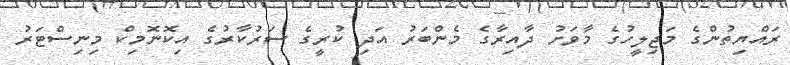
ރައްޔިތުންގެ މަޖިލީހުގެ މާވަށު ދާއިރާގެ މެންބަރު އަދި ކުރީގެ ސަރުކާރުގެ އިކޮނޮމިކް މިނިސްޓަރު